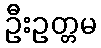
ဦးဥတ္တမ